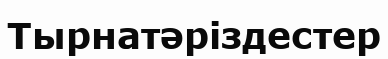
Тырнатәріздестер